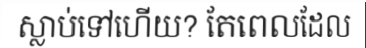
ស្លាប់ទៅហើយ? តែពេលដែល